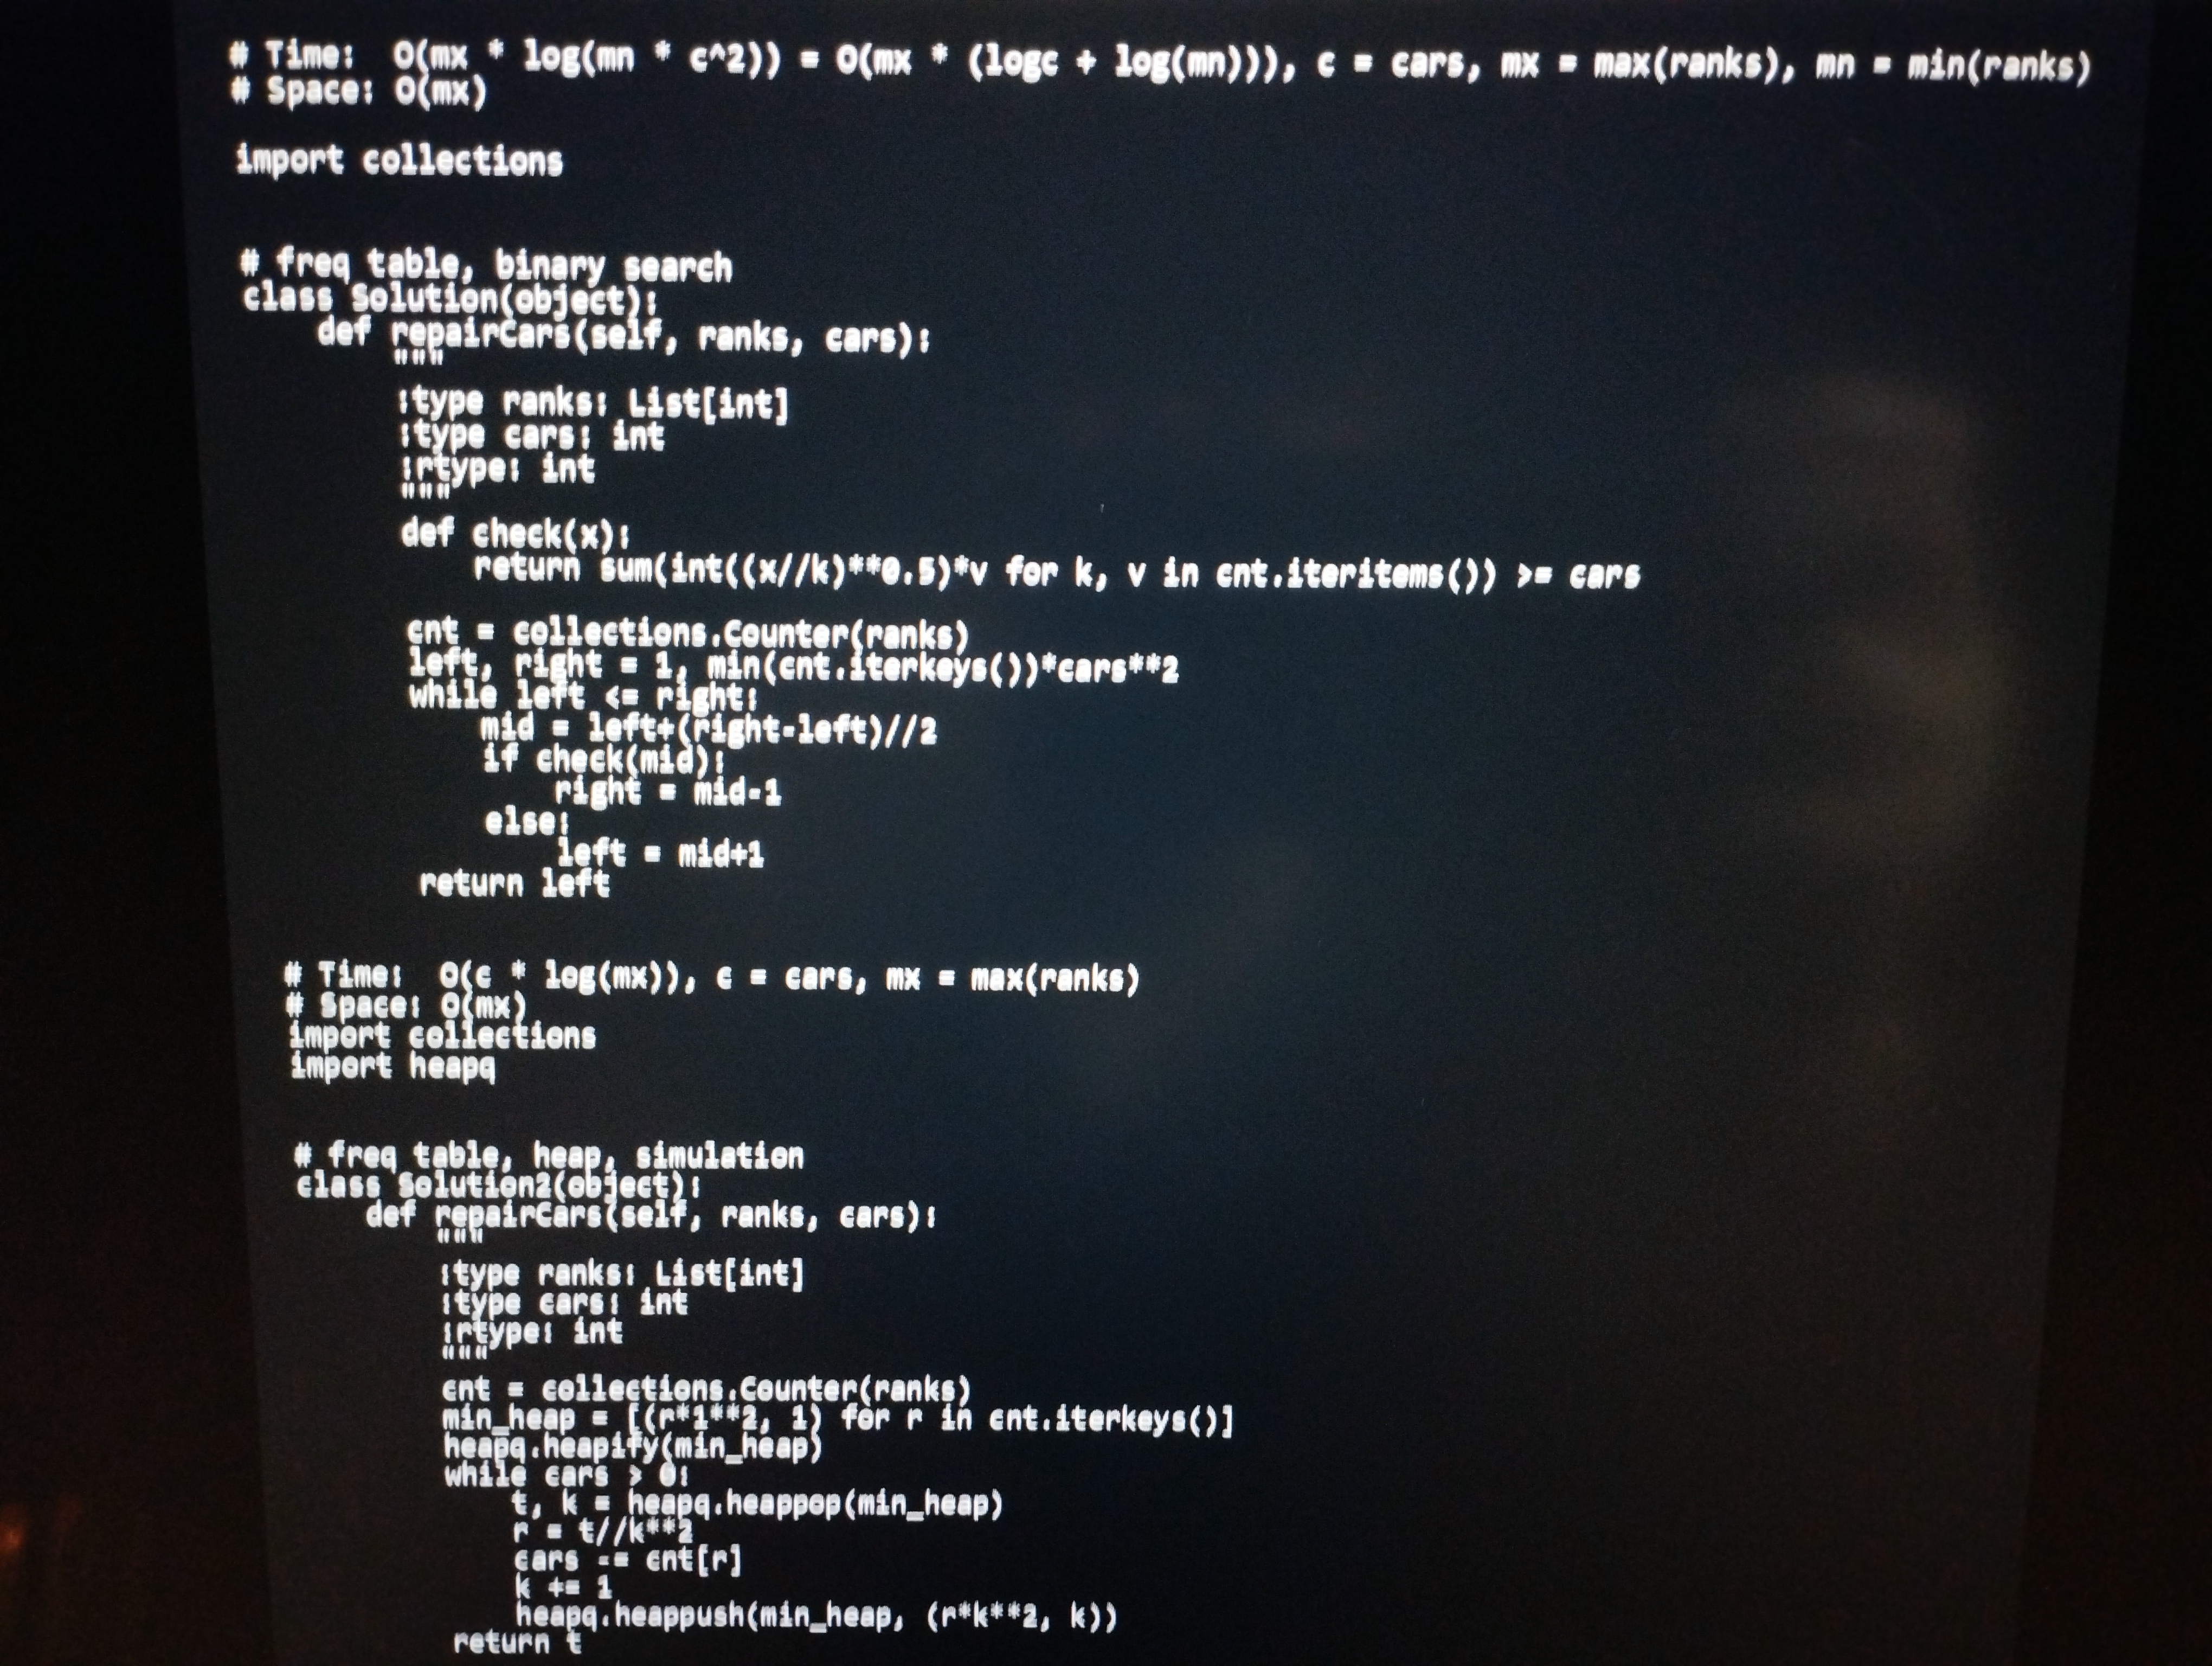
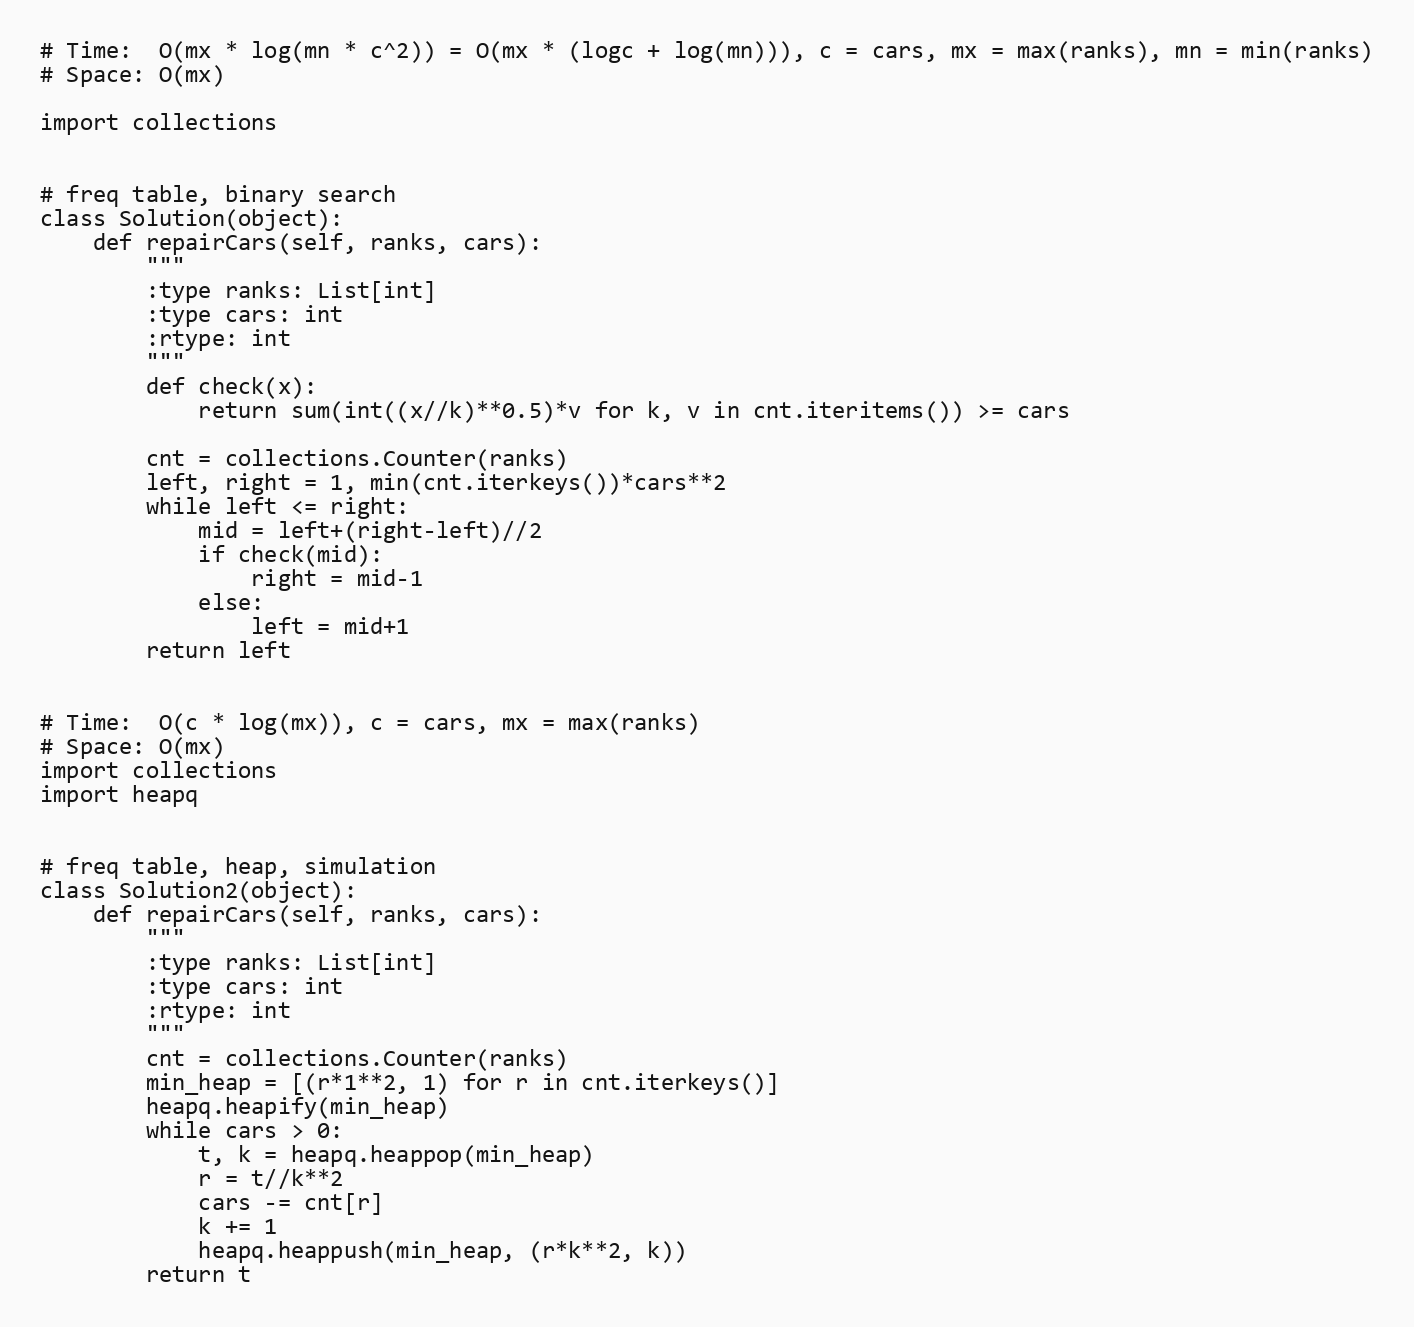
# Time:  O(mx * log(mn * c^2)) = O(mx * (logc + log(mn))), c = cars, mx = max(ranks), mn = min(ranks)
# Space: O(mx)

import collections

# freq table, binary search
class Solution(object):
    def repairCars(self, ranks, cars):
        """
        :type ranks: List[int]
        :type cars: int
        :rtype: int
        """
        def check(x):
            return sum(int((x//k)**0.5)*v for k, v in cnt.iteritems()) >= cars

        cnt = collections.Counter(ranks)
        left, right = 1, min(cnt.iterkeys())*cars**2
        while left <= right:
            mid = left+(right-left)//2
            if check(mid):
                right = mid-1
            else:
                left = mid+1
        return left

# Time:  O(c * log(mx)), c = cars, mx = max(ranks)
# Space: O(mx)
import collections
import heapq

# freq table, heap, simulation
class Solution2(object):
    def repairCars(self, ranks, cars):
        """
        :type ranks: List[int]
        :type cars: int
        :rtype: int
        """
        cnt = collections.Counter(ranks)
        min_heap = [(r*1**2, 1) for r in cnt.iterkeys()]
        heapq.heapify(min_heap)
        while cars > 0:
            t, k = heapq.heappop(min_heap)
            r = t//k**2
            cars -= cnt[r]
            k += 1
            heapq.heappush(min_heap, (r*k**2, k))
        return t